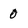
Character: 0